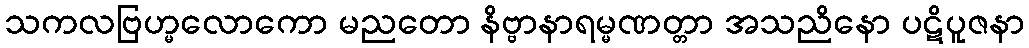
သကလဗြဟ္မလောကော မညတော နိဗ္ဗာနာရမ္မဏတ္တာ အသညိနော ပဋိပူဇနာ